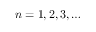
n = 1 , 2 , 3 , \ldots